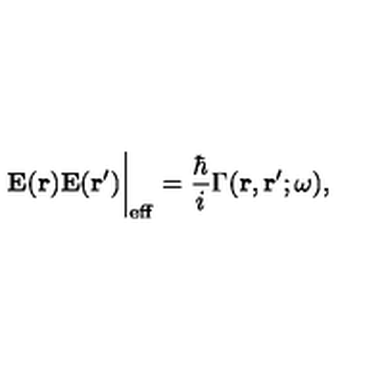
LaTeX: { \bf E ( r ) E ( r ^ { \prime } ) } \bigg | _ { \mathrm { e f f } } = { \frac { \hbar } { i } } \mathrm { \boldmath { \Gamma } } ( { \bf r , r ^ { \prime } } ; \omega ) ,